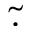
\tilde { \cdot }